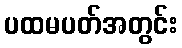
ပထမပတ်အတွင်း